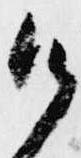
御